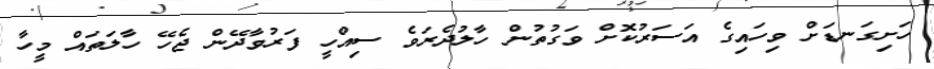
ހަށިގަނޑަށް ވިހައިގެ އަސަރުކޮށް ވަގުތުން ހާލުދެރަވެ ސިއްހީ ފަރުވާދޭން ޖެހޭ ހާލަތައް މީހާ